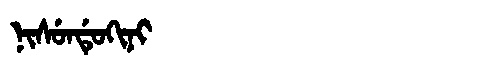
Manchu: ᠨᡳᠰᡠᠨᡩᡠᡴᡳᠨᡳ
Romanization: NISUNDUKINI